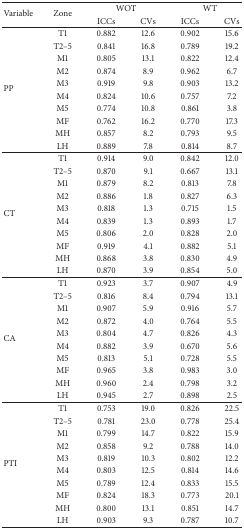
<table><thead><tr><td rowspan="2"><b>Variable</b></td><td rowspan="2"><b>Zone</b></td><td colspan="2"><b>WOT</b></td><td colspan="2"><b>WT</b></td></tr><tr><td><b>ICCs</b></td><td><b>CVs</b></td><td><b>ICCs</b></td><td><b>CVs</b></td></tr></thead><tbody><tr><td rowspan="10">PP</td><td>T1</td><td>0.882</td><td>12.6</td><td>0.902</td><td>15.6</td></tr><tr><td>T2–5</td><td>0.841</td><td>16.8</td><td>0.789</td><td>19.2</td></tr><tr><td>M1</td><td>0.805</td><td>13.1</td><td>0.822</td><td>12.4</td></tr><tr><td>M2</td><td>0.874</td><td>8.9</td><td>0.962</td><td>6.7</td></tr><tr><td>M3</td><td>0.919</td><td>9.8</td><td>0.903</td><td>13.2</td></tr><tr><td>M4</td><td>0.824</td><td>10.6</td><td>0.757</td><td>7.2</td></tr><tr><td>M5</td><td>0.774</td><td>10.8</td><td>0.861</td><td>3.8</td></tr><tr><td>MF</td><td>0.762</td><td>16.2</td><td>0.770</td><td>17.3</td></tr><tr><td>MH</td><td>0.857</td><td>8.2</td><td>0.793</td><td>9.5</td></tr><tr><td>LH</td><td>0.889</td><td>7.8</td><td>0.814</td><td>8.7</td></tr><tr><td rowspan="10">CT</td><td>T1</td><td>0.914</td><td>9.0</td><td>0.842</td><td>12.0</td></tr><tr><td>T2–5</td><td>0.870</td><td>9.1</td><td>0.667</td><td>13.1</td></tr><tr><td>M1</td><td>0.879</td><td>8.2</td><td>0.813</td><td>7.8</td></tr><tr><td>M2</td><td>0.886</td><td>1.8</td><td>0.827</td><td>6.3</td></tr><tr><td>M3</td><td>0.818</td><td>1.3</td><td>0.715</td><td>1.5</td></tr><tr><td>M4</td><td>0.839</td><td>1.3</td><td>0.893</td><td>1.7</td></tr><tr><td>M5</td><td>0.806</td><td>2.0</td><td>0.828</td><td>2.0</td></tr><tr><td>MF</td><td>0.919</td><td>4.1</td><td>0.882</td><td>5.1</td></tr><tr><td>MH</td><td>0.868</td><td>3.8</td><td>0.830</td><td>4.9</td></tr><tr><td>LH</td><td>0.870</td><td>3.9</td><td>0.854</td><td>5.0</td></tr><tr><td rowspan="10">CA</td><td>T1</td><td>0.923</td><td>3.7</td><td>0.907</td><td>4.9</td></tr><tr><td>T2–5</td><td>0.816</td><td>8.4</td><td>0.794</td><td>13.1</td></tr><tr><td>M1</td><td>0.907</td><td>5.9</td><td>0.916</td><td>5.7</td></tr><tr><td>M2</td><td>0.872</td><td>4.0</td><td>0.764</td><td>5.5</td></tr><tr><td>M3</td><td>0.804</td><td>4.7</td><td>0.826</td><td>4.3</td></tr><tr><td>M4</td><td>0.882</td><td>3.9</td><td>0.670</td><td>5.6</td></tr><tr><td>M5</td><td>0.813</td><td>5.1</td><td>0.728</td><td>5.5</td></tr><tr><td>MF</td><td>0.965</td><td>3.8</td><td>0.983</td><td>3.0</td></tr><tr><td>MH</td><td>0.960</td><td>2.4</td><td>0.798</td><td>3.2</td></tr><tr><td>LH</td><td>0.945</td><td>2.7</td><td>0.898</td><td>2.5</td></tr><tr><td rowspan="10">PTI</td><td>T1</td><td>0.753</td><td>19.0</td><td>0.826</td><td>22.5</td></tr><tr><td>T2–5</td><td>0.781</td><td>23.0</td><td>0.778</td><td>25.4</td></tr><tr><td>M1</td><td>0.799</td><td>14.7</td><td>0.822</td><td>15.9</td></tr><tr><td>M2</td><td>0.858</td><td>9.2</td><td>0.788</td><td>14.0</td></tr><tr><td>M3</td><td>0.819</td><td>10.3</td><td>0.802</td><td>12.2</td></tr><tr><td>M4</td><td>0.803</td><td>12.5</td><td>0.814</td><td>14.6</td></tr><tr><td>M5</td><td>0.789</td><td>12.4</td><td>0.833</td><td>15.5</td></tr><tr><td>MF</td><td>0.824</td><td>18.3</td><td>0.773</td><td>20.1</td></tr><tr><td>MH</td><td>0.800</td><td>13.1</td><td>0.851</td><td>14.7</td></tr><tr><td>LH</td><td>0.903</td><td>9.3</td><td>0.787</td><td>10.7</td></tr></tbody></table>